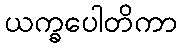
ယက္ခပေါတိကာ